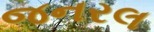
જનરલ